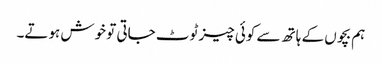
ہم بچوں کے ہاتھ سے کوئی چیز ٹوٹ جاتی تو خوش ہوتے۔